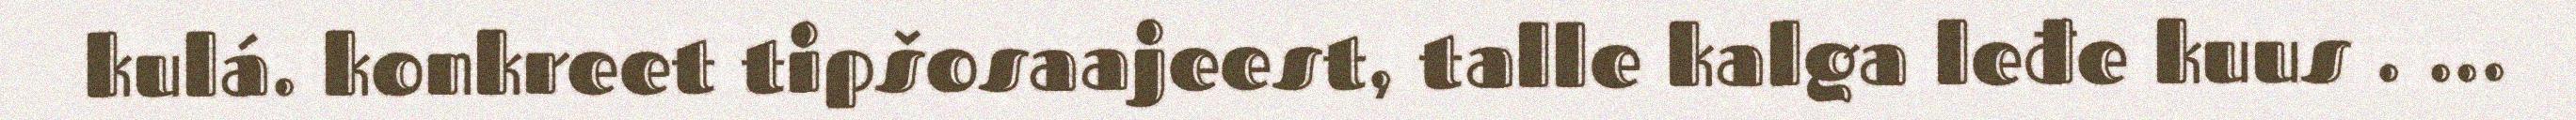
kulá. konkreet tipšosaajeest, talle kalga leđe kuus . ...